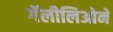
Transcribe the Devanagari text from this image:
गॅलीलिओने